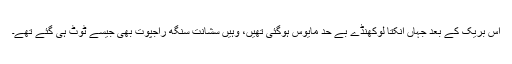
اس بریک کے بعد جہاں انکتا لوکھنڈے بے حد مایوس ہوگئی تھیں، وہیں سشانت سنگھ راجپوت بھی جیسے ٹوٹ ہی گئے تھے۔